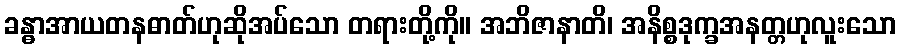
ခန္ဓာအာယတနဓာတ်ဟုဆိုအပ်သော တရားတို့ကို။ အဘိဇာနာတိ၊ အနိစ္စဒုက္ခအနတ္တဟုလူးသော